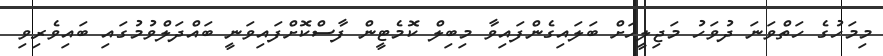
މިމަހުގެ ހަތްވަނަ ދުވަހު މަޖިލީހަށް ބަލައިގެންފައިވާ މިބިލް ކޮމެޓީން ފާސްކޮށްފައިވަނީ ބައްދަލްވުމުގައި ބައިވެރިވި